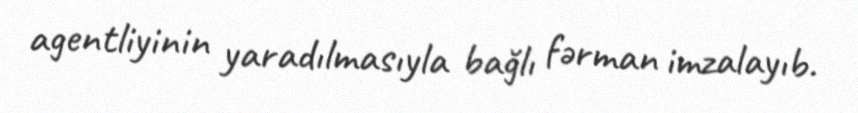
agentliyinin yaradılmasıyla bağlı fərman imzalayıb.